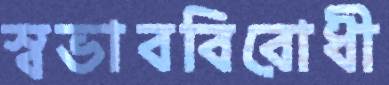
স্বভাববিরোধী